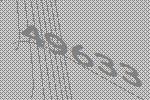
49633